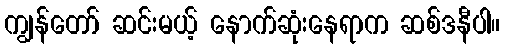
ကျွန်တော် ဆင်းမယ့် နောက်ဆုံးနေရာက ဆစ်ဒနီပါ။